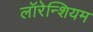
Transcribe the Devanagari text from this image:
लॉरेन्शियम